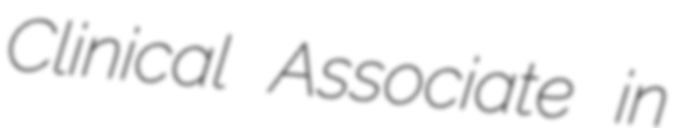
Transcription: Clinical Associate in